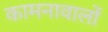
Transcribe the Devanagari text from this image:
कामनावालों